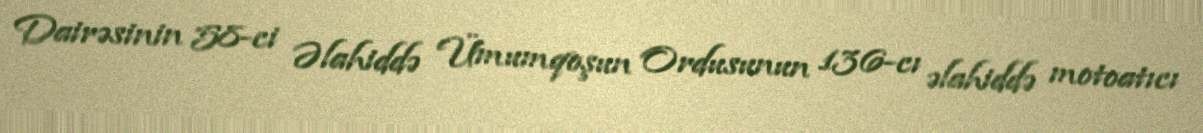
Dairəsinin 58-ci Əlahiddə Ümumqoşun Ordusunun 136-cı əlahiddə motoatıcı